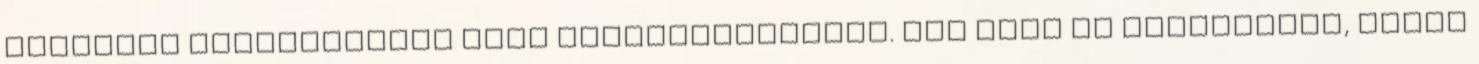
maguknál rangosabbnak vélt polgártársaikat. Még Hofi is kigúnyolta, igaza